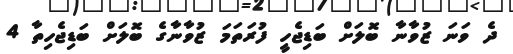
ދެ ވަނަ ޒުވާނާ ބޮލަށް ބަޑިޖެހީ ފުރަތަމަ ޒުވާނާގެ ބޮލަށް ބަޑިޖެހިތާ 4